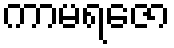
ကာမရဇော